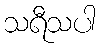
သရီသပါ